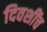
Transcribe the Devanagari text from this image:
दिवशींच